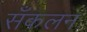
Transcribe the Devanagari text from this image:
सँकलन